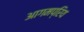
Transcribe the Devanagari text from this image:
आगमप्रिय